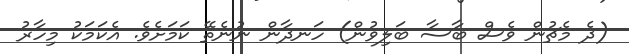
(ދެ މެޗުން ވެސް ބާސާ ބަލިވުން) ހަނދާން ނުނެތޭ ކަމަށެވެ. އެކަމަކު މިހާރު